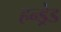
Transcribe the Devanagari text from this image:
हन्ड्रेड